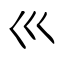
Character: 巛